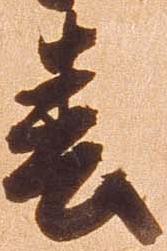
春